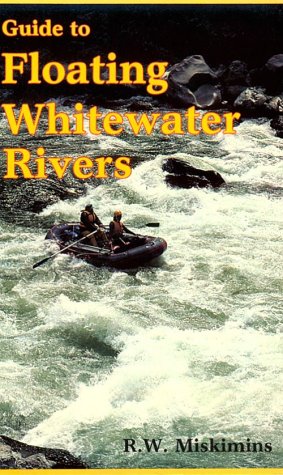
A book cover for Guide to Floating Whitewater Rivers; R. W. Miskimins; Sports & Outdoors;